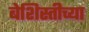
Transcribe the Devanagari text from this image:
बेशिस्तीच्या